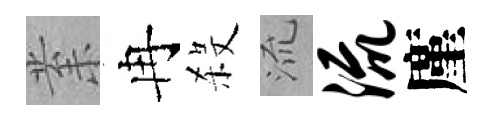
𭪙冉殺𣴑流廑